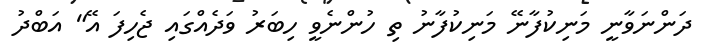
ދަންނަވާނީ މަނިކުފާނޭ މަނިކުފާނު ތި ހުންނެވީ ހިބަރު ވަދެއްގައި ޖެހިފަ އޭ" އަބްދު